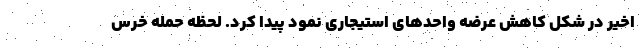
اخیر در شکل کاهش عرضه واحدهای استیجاری نمود پیدا کرد. لحظه حمله خرس